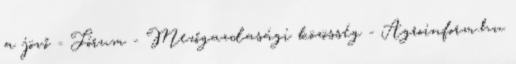
a jövő - Fórum - Mezőgazdasági közösség - Agroinform.hu